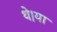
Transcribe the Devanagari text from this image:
थे।या